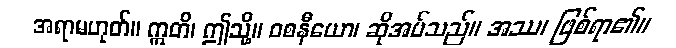
အရာမဟုတ်။ ဣတိ၊ ဤသို့။ ဝစနီယော၊ ဆိုအပ်သည်။ အဿ၊ ဖြစ်ရာ၏။